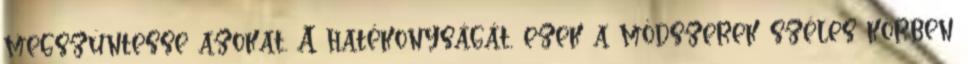
megszüntesse azokat. A hatékonyságát, ezek a módszerek széles körben